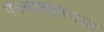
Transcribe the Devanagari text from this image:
पत्रव्यवहाराचा